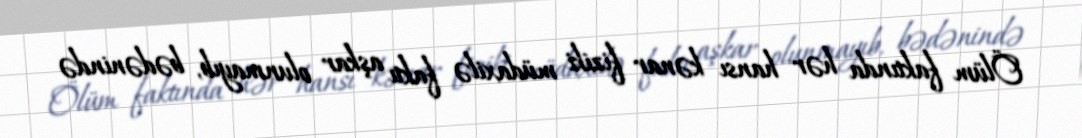
Ölüm faktında hər hansı kənar fiziki müdaxilə faktı aşkar olunmayıb, bədənində